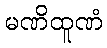
မဏိထူဏံ